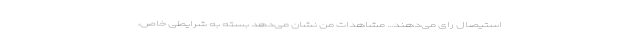
استیصال رای می‌‌دهند... مشاهدات من نشان می‌دهد بسته به شرایطی خاص،